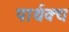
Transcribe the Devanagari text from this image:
पार्थक्‍य